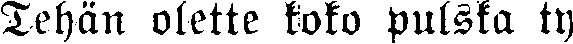
Tehän olette koko pulska ty